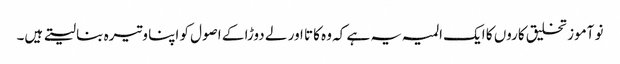
نو آموز تخلیق کاروں کا ایک المیہ یہ ہے کہ وہ کاتا اور لے دوڑا کے اصول کو اپنا وتیرہ بنا لیتے ہیں۔